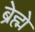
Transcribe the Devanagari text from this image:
ब्रेह्मे